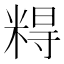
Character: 𰫀